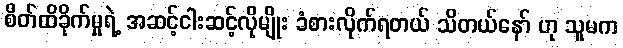
စိတ်ထိခိုက်မှုရဲ့ အဆင့်ငါးဆင့်လိုမျိုး ခံစားလိုက်ရတယ် သိတယ်နော် ဟု သူမက